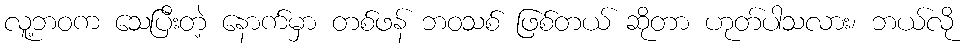
လူ့ဘဝက သေပြီးတဲ့ နောက်မှာ တစ်ဖန် ဘဝသစ် ဖြစ်တယ် ဆိုတာ ဟုတ်ပါသလား၊ ဘယ်လို